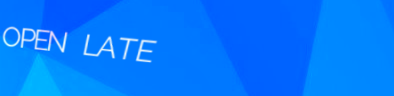
OPEN LATE